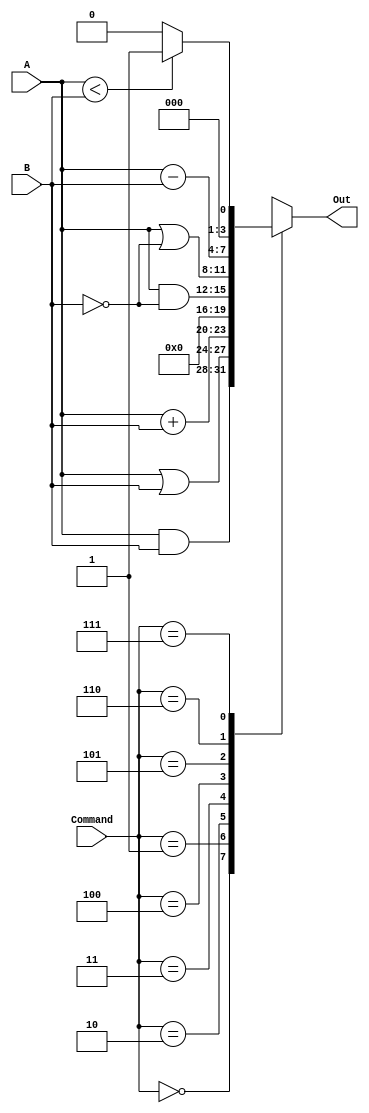
//programa para la ALU, por medio de casos se van a relizar las operaciones de la ALU
//--------------------------------FUNCIONES------------------------------------------
//  |000| Out = AND; |001| Out = OR; |010| Out = A + B; |011| Out = 0; |100| Out = A AND ~B;
// |101| Out = A OR ~B; |110| Out = A - B; |111| Out = SLT;

module ALU (
  input wire [3:0] A,B, //2 enttradas de 4-bit's
  input wire [2:0]Command, //3 bit's de funciones
  output reg [3:0]Out); //Salida de 3 bit's

  always @ (A or B or Command) begin

    //Aqui van los casos que tiene la ALU, segun cada operacion (se puede hasta 8 casos por la cantidad de bits en Command)
    case(Command)
      3'b000:Out = A & B; //Operacion AND
      3'b001:Out = A | B; //Operacion OR
      3'b010:Out = A + B; //Operacion suma
      3'b011:Out = 3'b000; //Esta operacion no hace nada
      3'b100:Out = A & ~B; //Operacion AND B negado
      3'b101:Out = A | ~B; //Operacion OR B negado
      3'b110:Out = A - B; //Operacion resta
      3'b111:Out = (A < B) ? 1:0; //Operacion comparacion de oposicion si A > B
      //default: Out = 3'b000; si se toma una opcion no asignada se da un valor de 0...
      //esto va a ser util cuando haya muchas mas funciones que no hagan nada

    endcase
  end

endmodule //ALU